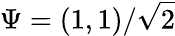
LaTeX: \Psi=(1,1)/\sqrt{2}